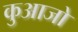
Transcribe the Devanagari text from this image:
कुआजो